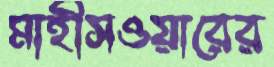
মাহীসওয়ারের